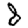
Digit: 8